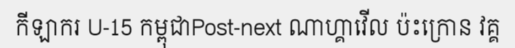
កីឡាករ U-15 កម្ពុជាPost-next ណាហ្គាវើល ប៉ះក្រោន វគ្គ